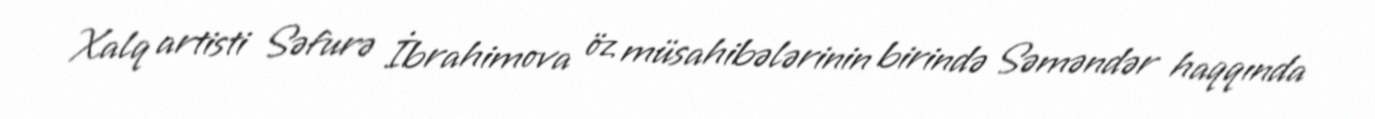
Xalq artisti Səfurə İbrahimova öz müsahibələrinin birində Səməndər haqqında